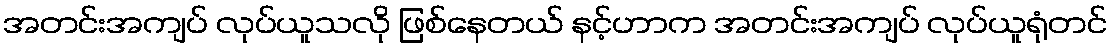
အတင်းအကျပ် လုပ်ယူသလို ဖြစ်နေတယ် နင့်ဟာက အတင်းအကျပ် လုပ်ယူရုံတင်